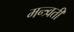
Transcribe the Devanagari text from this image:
मन्त्र्वती